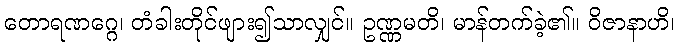
တောရဏဂ္ဂေ၊ တံခါးတိုင်ဖျား၍သာလျှင်။ ဥဏ္ဏမတိ၊ မာန်တက်ခဲ့၏။ ဝိဇာနာဟိ၊